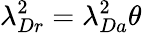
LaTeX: \lambda_{Dr}^{2}=\lambda_{Da}^{2}\theta